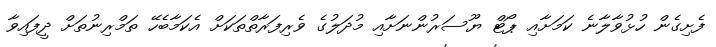
ފެށިގެން ހުޅުވާލާނެ ކަމަށާއި ޕޯޓް ޔޫސަރުންނަށާއި މުދަލުގެ ވެރިފަރާތްތަކަށް އެކަމާބެހޭ ތަމްރިނުތަށް ދީފައިވާ